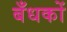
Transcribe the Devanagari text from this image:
बँधकों